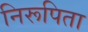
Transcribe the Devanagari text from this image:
निरूपिता